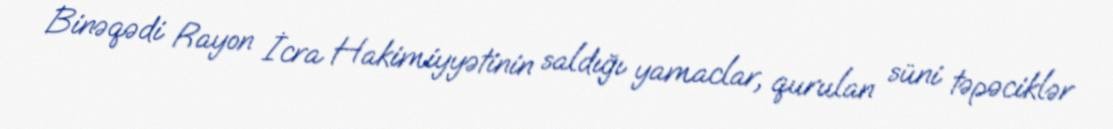
Binəqədi Rayon İcra Hakimiyyətinin saldığı yamaclar, qurulan süni təpəciklər